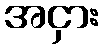
အငှား